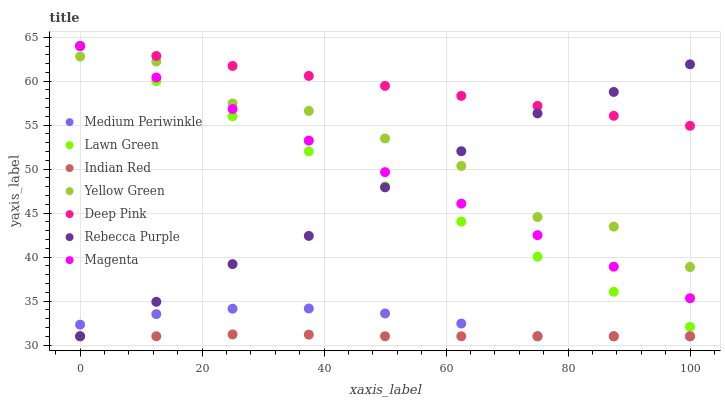
| xaxis_label | Medium Periwinkle | Lawn Green | Indian Red | Yellow Green | Deep Pink | Rebecca Purple | Magenta |
 | --- | --- | --- | --- | --- | --- | --- | --- |
 | 0 | 32.3 | 64 | 31 | 62.8 | 64 | 31 | 64 |
 | 12.5 | 33.5 | 60 | 31 | 62.2 | 62.9 | 34.9 | 60.4 |
 | 25 | 34.1 | 56 | 31.2 | 57.5 | 61.7 | 39.2 | 56.8 |
 | 37.5 | 34.2 | 52 | 31.2 | 56.6 | 60.6 | 42.4 | 53.2 |
 | 50 | 33.6 | 48 | 31 | 53.5 | 59.5 | 47.9 | 49.7 |
 | 62.5 | 32.4 | 44 | 31 | 50.4 | 58.3 | 52 | 46.1 |
 | 75 | 31 | 40 | 31 | 44.6 | 57.2 | 56.3 | 42.5 |
 | 87.5 | 31 | 36.1 | 31 | 43.5 | 56.1 | 58.8 | 38.9 |
 | 100 | 31 | 32.1 | 31 | 38.9 | 54.9 | 61.9 | 35.3 |